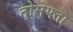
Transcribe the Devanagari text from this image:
तोसेफ्ता